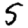
Digit: 5